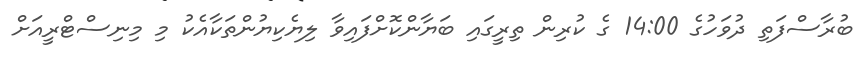
ބުރާސްފަތި ދުވަހުގެ 14:00 ގެ ކުރިން ތިރީގައި ބަޔާންކޮށްފައިވާ ލިޔެކިޔުންތަކާއެކު މި މިނިސްޓްރީއަށް